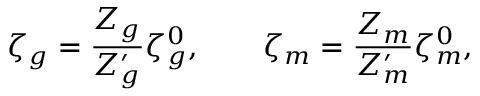
\zeta _ { g } = \frac { Z _ { g } } { Z _ { g } ^ { \prime } } \zeta _ { g } ^ { 0 } , \qquad \zeta _ { m } = \frac { Z _ { m } } { Z _ { m } ^ { \prime } } \zeta _ { m } ^ { 0 } ,